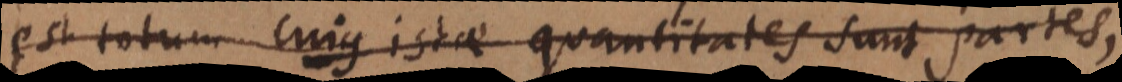
est totum, cujus illae quantitates sunt partes